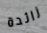
زائدة